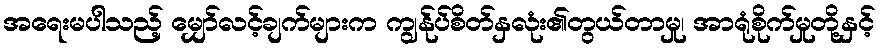
အရေးမပါသည့် မျှော်လင့်ချက်များက ကျွန်ုပ်စိတ်နှလုံး၏တွယ်တာမှု၊ အာရုံစိုက်မှုတို့နှင့်